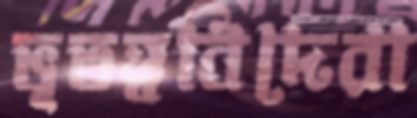
ভূতত্ত্ববিদেরা